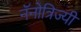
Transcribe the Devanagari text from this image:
नॅनोत्रिज्यी